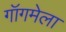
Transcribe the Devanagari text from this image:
गॉगमेला